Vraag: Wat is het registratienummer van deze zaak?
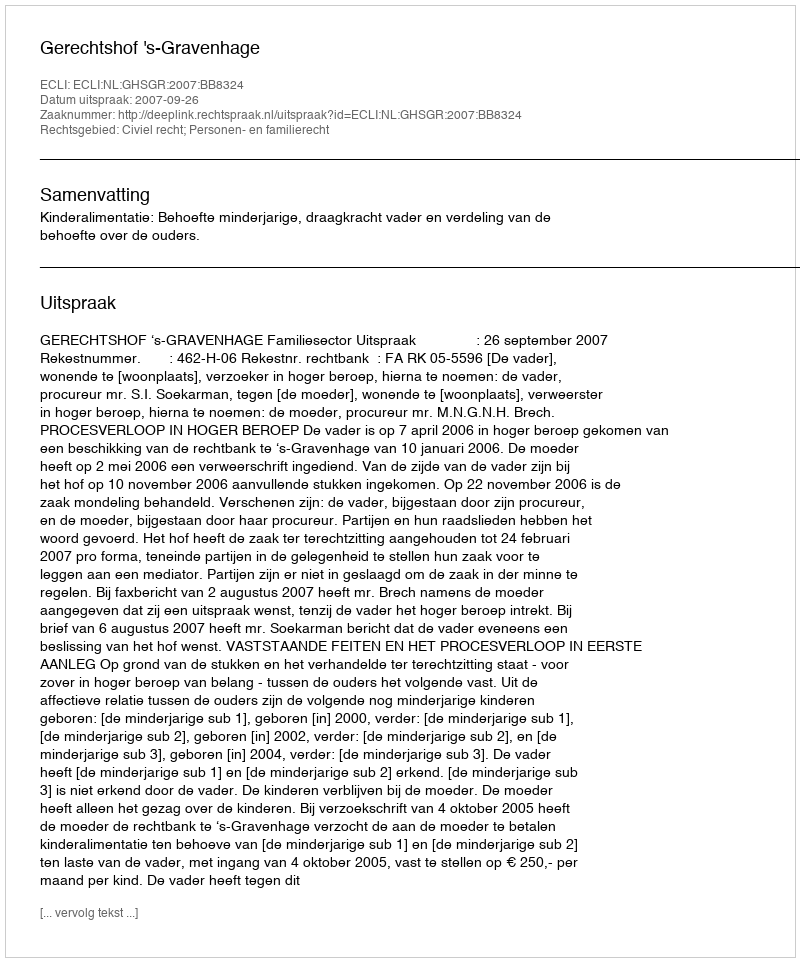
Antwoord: http://deeplink.rechtspraak.nl/uitspraak?id=ECLI:NL:GHSGR:2007:BB8324